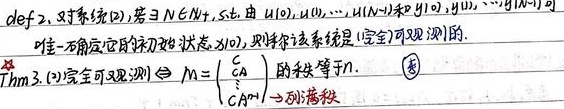
def2. 对系统(2)，若 $\exists N\in\mathbb{N}^+$，s.t. 由 $u(0), u(1), \cdots, u(N - 1)$ 和 $y(0), y(1), \cdots, y(N - 1)$ 唯一确定它的初始状态 $x(0)$，则称该系统是(完全可观测)的。

Thm3. (2)完全可观测 $\Leftrightarrow M = \begin{bmatrix} C\\ CA\\ \vdots\\ CA^{n - 1}\end{bmatrix}$ 的秩等于 $n$.  （*）